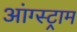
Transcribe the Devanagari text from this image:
आंग्स्ट्राम